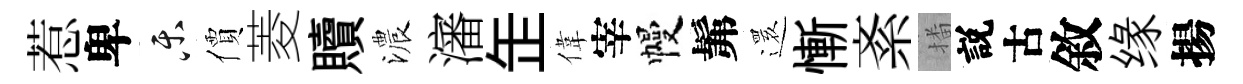
惹卑乐價菱贖濃瀋𦈢偉宰幔髴𮟃慚紊播説古敘缘揚